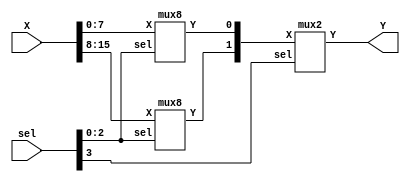
/* A 16:1 multiplexer model using structural modeling of two 8:1 mux(s) and a 2:1 mux.
   8:1 mux structural modeling using two 4:1 mux(s) and a 2:1 mux.
   4:1 mux structural modeling using three 2:1 multiplexers.
   2:1 mux is designed using gate-level model
*/

// 16:1 multiplexer structural model using 8:1 & 2:1 mux blocks
module mux16(
    output Y,
    input [15:0] X,
    input [3:0] sel
);
wire [1:0] T;

mux8 dut1(.Y(T[0]),.X(X[7:0]),.sel(sel[2:0]));
mux8 dut2(.Y(T[1]),.X(X[15:8]),.sel(sel[2:0]));
mux2 dut3(.Y(Y),.X(T[1:0]),.sel(sel[3]));

endmodule

// 8:1 multiplexer structural model using 4:1 & 2:1 mux blocks
module mux8(
    output Y,
    input [7:0] X,
    input [2:0] sel
);
wire [1:0] T;

mux4 dut1(.Y(T[0]),.X(X[3:0]),.sel(sel[1:0]));
mux4 dut2(.Y(T[1]),.X(X[7:4]),.sel(sel[1:0]));
mux2 dut3(.Y(Y),.X(T[1:0]),.sel(sel[2]));

endmodule

// 4:1 multiplexer structural model using 2:1 mux block
module mux4(
    output Y,
    input [3:0] X,
    input [1:0] sel
);
wire [1:0] T;

mux2 dut1(.Y(T[0]),.X(X[1:0]),.sel(sel[0]));
mux2 dut2(.Y(T[1]),.X(X[3:2]),.sel(sel[0]));
mux2 dut3(.Y(Y),.X(T[1:0]),.sel(sel[1]));

endmodule

// 2:1 multiplexer gate-level model
module mux2(
    output Y,
    input [1:0] X,
    input sel
);
wire k1,k2;

and G1(k1,X[0],~sel),
    G2(k2,X[1],sel);
or G3(Y,k1,k2);

endmodule